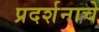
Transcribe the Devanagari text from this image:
प्रदर्शनाचे